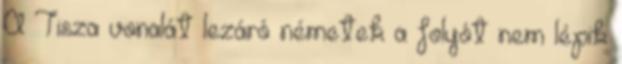
A Tisza vonalát lezáró németek a folyót nem lépik